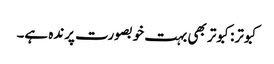
کبوتر:کبوتر بھی بہت خوبصورت پرندہ ہے۔